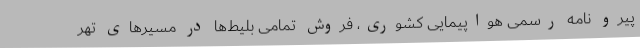
پیرو نامه رسمی هواپیمایی کشوری، فروش تمامی بلیط‌ها در مسیرهای تهر